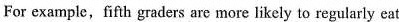
For example,fifth graders are more likely to regularly eat